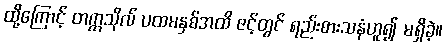
ထို့ကြောင့် တက္ကသိုလ် ပထမနှစ်အထိ ဇင့်တွင် ရည်းစားသနံဟူ၍ မရှိခဲ့။